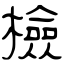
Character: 檢